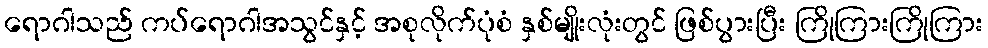
ရောဂါသည် ကပ်ရောဂါအသွင်နှင့် အစုလိုက်ပုံစံ နှစ်မျိုးလုံးတွင် ဖြစ်ပွားပြီး ကြိုကြားကြိုကြား